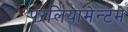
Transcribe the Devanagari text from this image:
परलियामेन्टमे